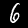
Label: 6